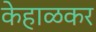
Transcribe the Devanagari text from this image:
केहाळकर